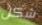
شكل